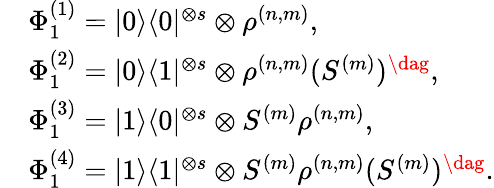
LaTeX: \begin{array}{rl}&{\Phi_{1}^{(1)}=|0\rangle\langle 0|^{\otimes s}\otimes\rho^{(n,m)},}\\ &{\Phi_{1}^{(2)}=|0\rangle\langle 1|^{\otimes s}\otimes\rho^{(n,m)}(S^{(m)})^{\dag},}\\ &{\Phi_{1}^{(3)}=|1\rangle\langle 0|^{\otimes s}\otimes S^{(m)}\rho^{(n,m)},}\\ &{\Phi_{1}^{(4)}=|1\rangle\langle 1|^{\otimes s}\otimes S^{(m)}\rho^{(n,m)}(S^{(m)})^{\dag}.}\end{array}